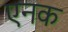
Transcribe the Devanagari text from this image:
एनक